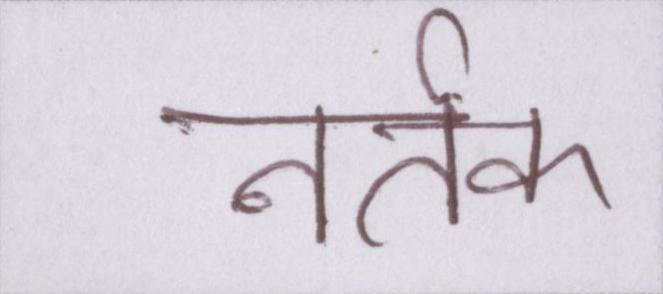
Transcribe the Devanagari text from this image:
नर्तक